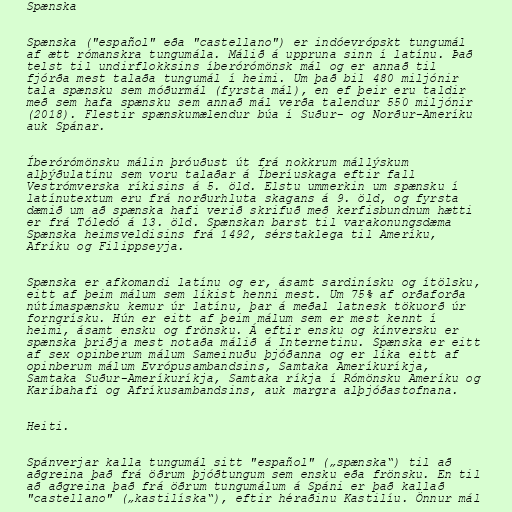
Spænska

Spænska ("español" eða "castellano") er indóevrópskt tungumál
af ætt rómanskra tungumála. Málið á uppruna sinn í latínu. Það
telst til undirflokksins íberórómönsk mál og er annað til
fjórða mest talaða tungumál í heimi. Um það bil 480 miljónir
tala spænsku sem móðurmál (fyrsta mál), en ef þeir eru taldir
með sem hafa spænsku sem annað mál verða talendur 550 miljónir
(2018). Flestir spænskumælendur búa í Suður- og Norður-Ameríku
auk Spánar.

Íberórómönsku málin þróuðust út frá nokkrum mállýskum
alþýðulatínu sem voru talaðar á Íberíuskaga eftir fall
Vestrómverska ríkisins á 5. öld. Elstu ummerkin um spænsku í
latínutextum eru frá norðurhluta skagans á 9. öld, og fyrsta
dæmið um að spænska hafi verið skrifuð með kerfisbundnum hætti
er frá Tóledó á 13. öld. Spænskan barst til varakonungsdæma
Spænska heimsveldisins frá 1492, sérstaklega til Ameríku,
Afríku og Filippseyja.

Spænska er afkomandi latínu og er, ásamt sardinísku og ítölsku,
eitt af þeim málum sem líkist henni mest. Um 75% af orðaforða
nútímaspænsku kemur úr latínu, þar á meðal latnesk tökuorð úr
forngrísku. Hún er eitt af þeim málum sem er mest kennt í
heimi, ásamt ensku og frönsku. Á eftir ensku og kínversku er
spænska þriðja mest notaða málið á Internetinu. Spænska er eitt
af sex opinberum málum Sameinuðu þjóðanna og er líka eitt af
opinberum málum Evrópusambandsins, Samtaka Ameríkuríkja,
Samtaka Suður-Ameríkuríkja, Samtaka ríkja í Rómönsku Ameríku og
Karíbahafi og Afríkusambandsins, auk margra alþjóðastofnana.

Heiti.

Spánverjar kalla tungumál sitt "español" („spænska“) til að
aðgreina það frá öðrum þjóðtungum sem ensku eða frönsku. En til
að aðgreina það frá öðrum tungumálum á Spáni er það kallað
"castellano" („kastilíska“), eftir héraðinu Kastilíu. Önnur mál